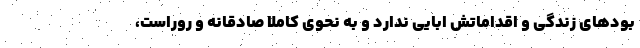
بودهای زندگی و اقداماتش ابایی ندارد و به نحوی کاملا صادقانه و روراست،